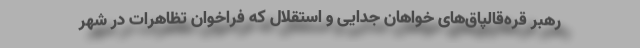
رهبر قره‌قالپاق‌های خواهان جدایی و استقلال که فراخوان تظاهرات در شهر